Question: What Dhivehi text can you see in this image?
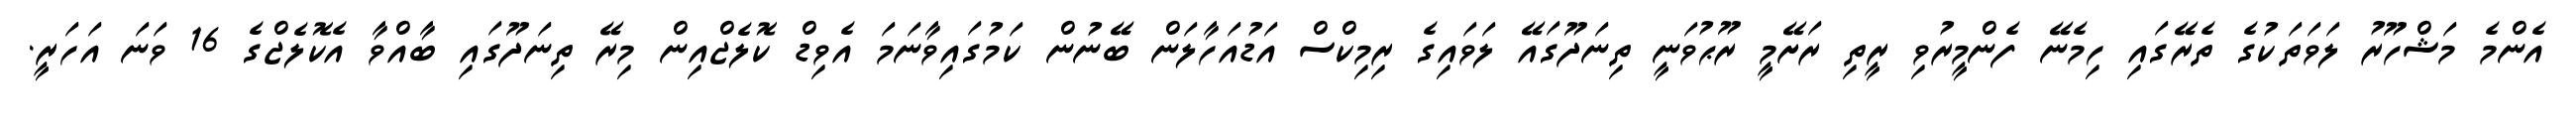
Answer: އެންމެ މަޝްހޫރު ލަވަތަކުގެ ތެރޭގައި ހިމެނޭ ފެންމީރުވި ރީތި ރަށޭމީ ރޫޙުވަނީ ތިނަދޫގައޭ ލަވައިގެ ރިމިކްސް އަޑުއަހާލަން ބޭނުން ކަމުގައިވާނަމަ އެވިޑް ކޮލެޖްއިން މިރޭ ތިނަދޫގައި ބާއްވާ އެކޮލެޖްގެ 16 ވަނަ އަހަރީ.